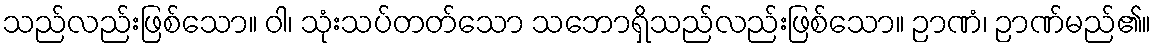
သည်လည်းဖြစ်သော။ ဝါ၊ သုံးသပ်တတ်သော သဘောရှိသည်လည်းဖြစ်သော။ ဉာဏံ၊ ဉာဏ်မည်၏။